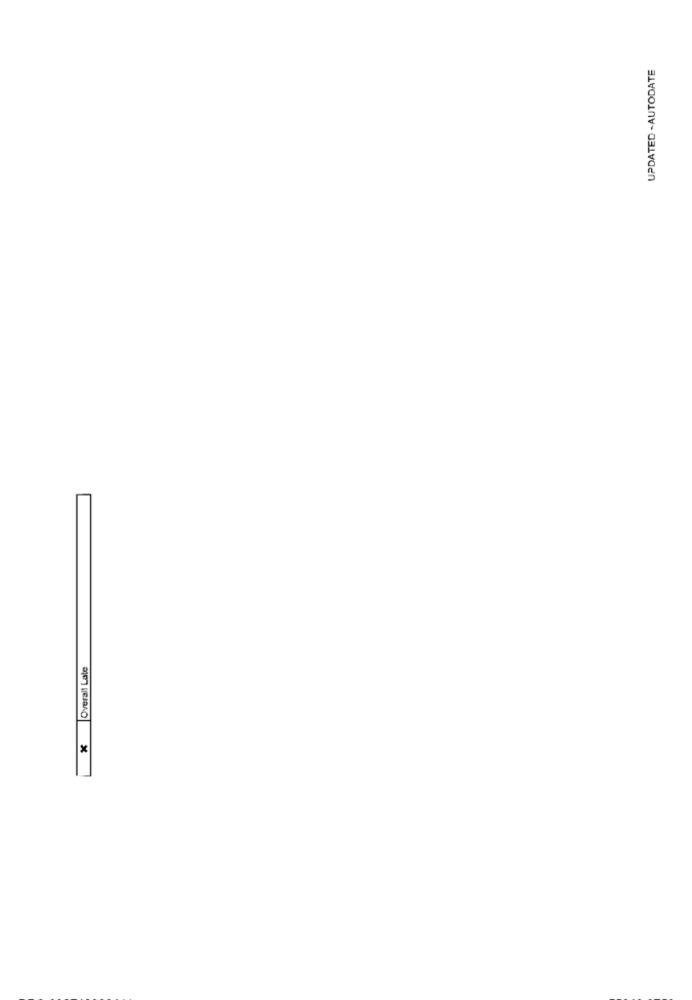
UPDATED -AUTODATE
x Overall Late